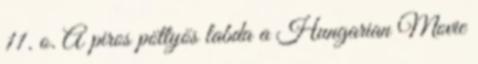
11. o. A piros pöttyös labda a Hungarian Movie